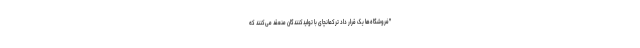
"فروشگاه‌ها یک قرار داد ترکمانچای با تولیدکنندگان منعقد می‌کنند که